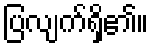
ပြလျက်ရှိ၏။